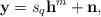
LaTeX: \begin{align*}\mathbf{y}=s_q\mathbf{h}^m + \mathbf{n},\end{align*}